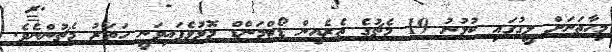
މިހާތަނަށް ލީގުގައި ކުޅުނު 19 މެޗުގެ ތެރެއިން ޑޯޓްމަންޑް މޮޅުވެފައިވަނީ ހަތަރު މެޗުންނެވެ.